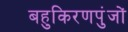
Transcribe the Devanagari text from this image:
बहुकिरणपुंजों